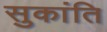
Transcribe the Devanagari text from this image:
सुकांति